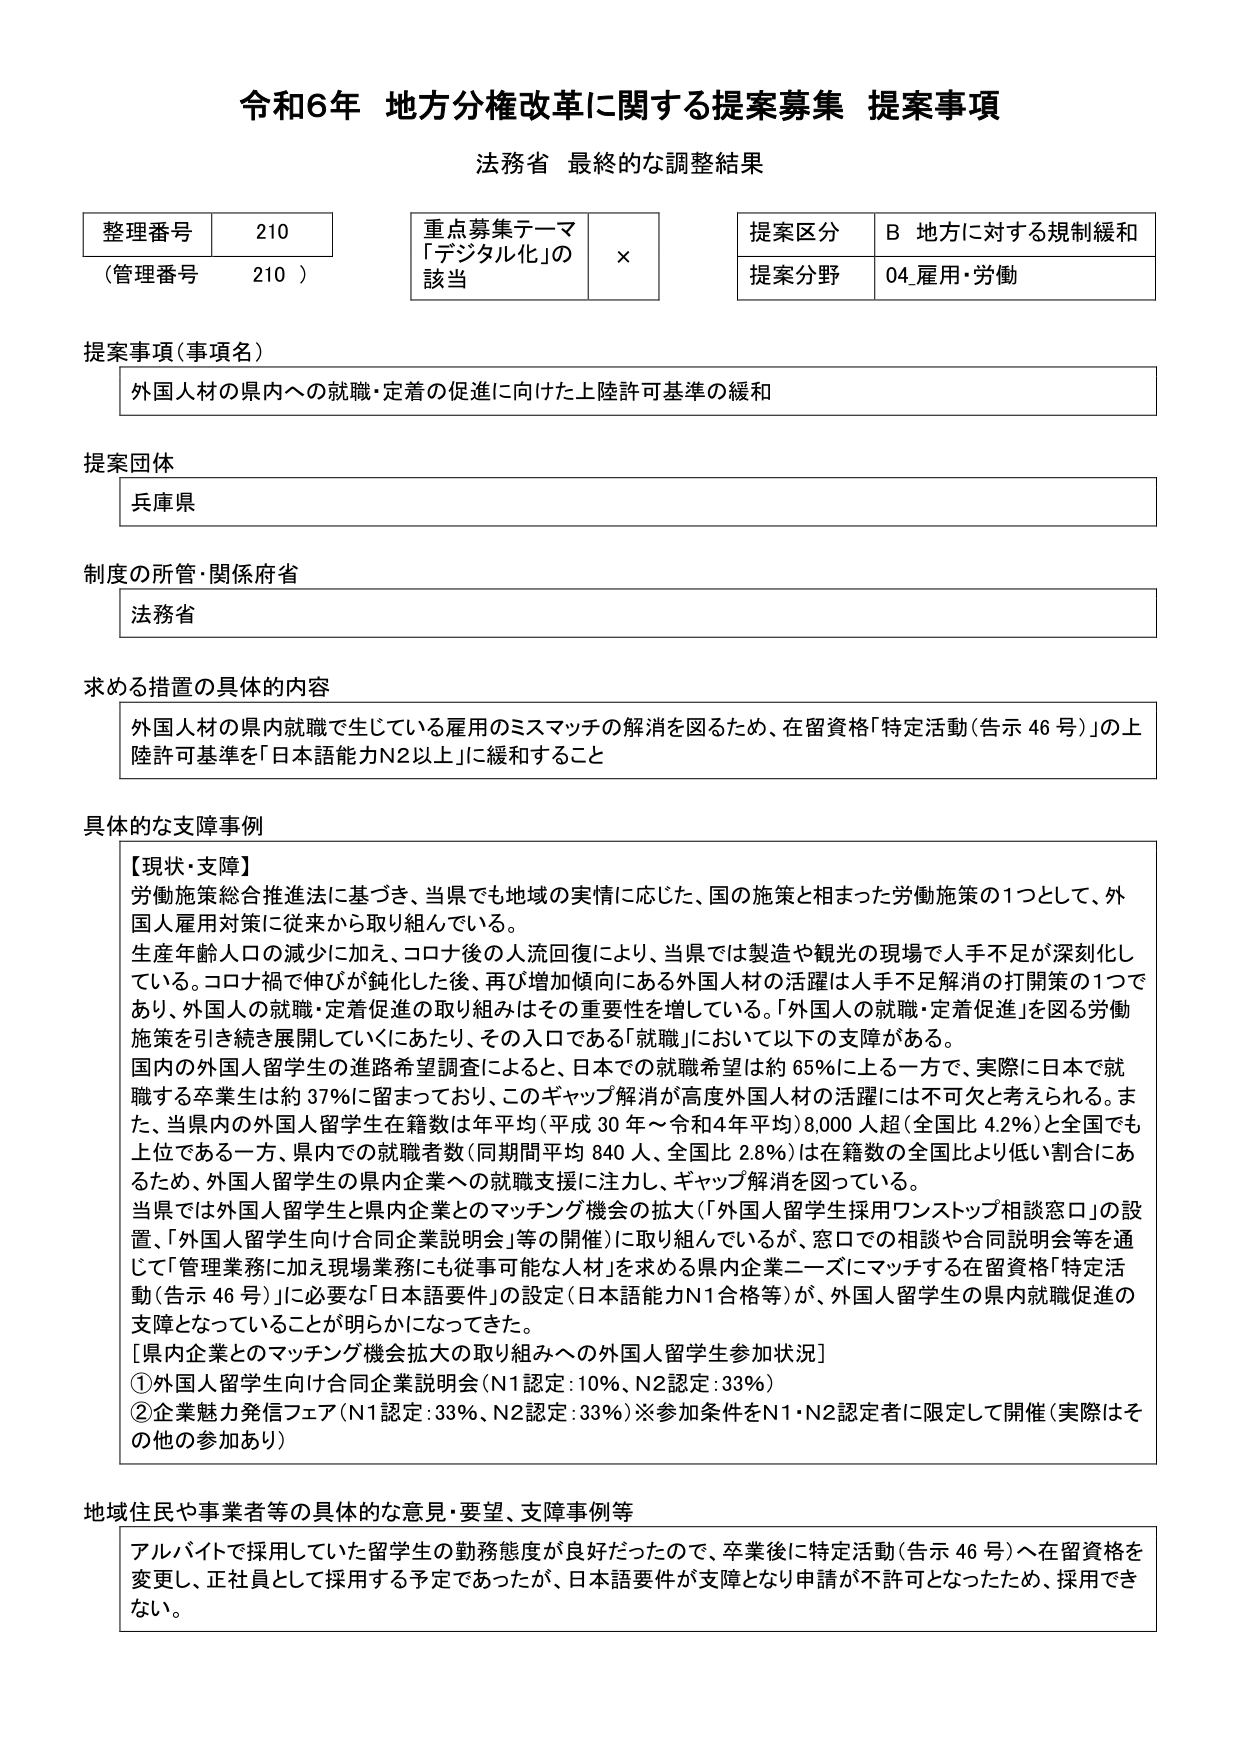
令和6年 地方分権改革に関する提案募集 提案事項
法務省 最終的な調整結果

整理番号 210
（管理番号 210）

重点募集テーマ
「デジタル化」の該当 ×

提案区分 B 地方に対する規制緩和
提案分野 04.雇用・労働

提案事項（事項名）
外国人材の県内への就職・定着の促進に向けた上陸許可基準の緩和

提案団体
兵庫県

制度の所管・関係府省
法務省

求める措置の具体的内容
外国人材の県内就職で生じている雇用のミスマッチの解消を図るため、在留資格「特定活動（告示46号）」の上陸許可基準を「日本語能力N2以上」に緩和すること

具体的な支障事例
【現状・支障】
労働施策総合推進法に基づき、当県でも地域の実情に応じた、国の施策と相まった労働施策の1つとして、外国人雇用対策に従来から取り組んでいる。
生産年齢人口の減少に加え、コロナ後の人流回復により、当県では製造や観光の現場で人手不足が深刻化している。コロナ禍で伸びが鈍化した後、再び増加傾向にある外国人材の活躍は人手不足解消の打開策の1つであり、外国人の就職・定着促進の取り組みはその重要性を増している。「外国人の就職・定着促進」を図る労働施策を引き続き展開していくにあたり、その入口である「就職」において以下の支障がある。
国内の外国人留学生の進路希望調査によると、日本での就職希望は約65％に上る一方で、実際に日本で就職する卒業生は約37％に留まっており、このギャップ解消が高度外国人材の活躍には不可欠と考えられる。また、当県内の外国人留学生在籍数は年平均（平成30年～令和4年平均）8,000人超（全国比4.2％）と全国でも上位である一方、県内での就職者数（同期間平均840人、全国比2.8％）は在籍数の全国比より低い割合にあるため、外国人留学生の県内企業への就職支援に注力し、ギャップ解消を図っている。
当県で外国人留学生と県内企業とのマッチング機会の拡大（「外国人留学生採用ワンストップ相談窓口」の設置、「外国人留学生向け合同企業説明会」等の開催）に取り組んでいるが、窓口での相談や合同説明会等を通じて「管理業務に加え現場業務にも従事可能な人材」を求める県内企業ニーズにマッチする在留資格「特定活動（告示46号）」に必要な「日本語要件」の設定（日本語能力N1合格等）が、外国人留学生の県内就職促進の支障となっていることが明らかになってきた。
[県内企業とのマッチング機会拡大の取り組みへの外国人留学生参加状況]
①外国人留学生向け合同企業説明会（N1認定：10％、N2認定：33％）
②企業魅力発信フェア（N1認定：33％、N2認定：33％）※参加条件をN1・N2認定者に限定して開催（実際はその他の参加あり）

地域住民や事業者等の具体的な意見・要望、支障事例等
アルバイトで採用していた留学生の勤務態度が良好だったので、卒業後に特定活動（告示46号）へ在留資格を変更し、正社員として採用する予定であったが、日本語要件が支障となり申請が不許可となったため、採用できない。